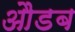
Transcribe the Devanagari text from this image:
औडब